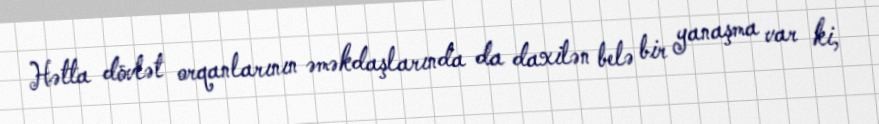
Hətta dövlət orqanlarının əməkdaşlarında da daxilən belə bir yanaşma var ki,